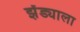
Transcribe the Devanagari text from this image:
झेंड्याला